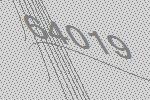
64019